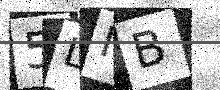
Text: 5LMB